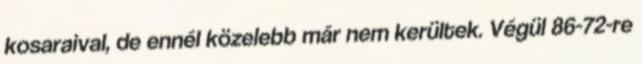
kosaraival, de ennél közelebb már nem kerültek. Végül 86-72-re